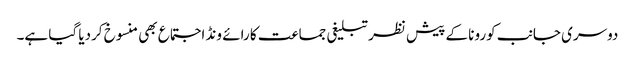
دوسری جانب کورونا کے پیش نظر تبلیغی جماعت کا رائے ونڈ اجتماع بھی منسوخ کردیا گیا ہے۔